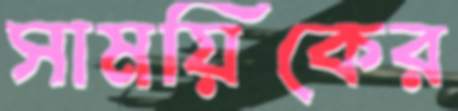
সাময়িকের